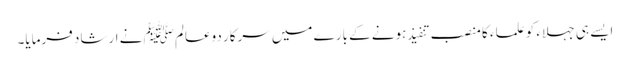
ایسے ہی جہلاء کو علماء کا منصب تنفیذ ہونے کے بارے میں سرکار دوعالم ﷺ نے ارشاد فرمایا۔